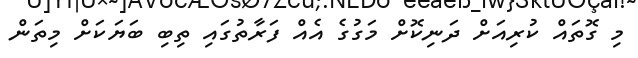
މި ގޮތައް ކުރިއަށް ދަނިކޮށް މަގުގެ އެއް ފަރާތުގައި ތިބި ބަޔަކަށް މިތަން